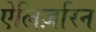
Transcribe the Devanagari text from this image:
ऐलिज़रिन